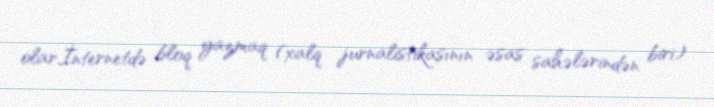
olar.İnternetdə bloq yazmaq (xalq jurnalistikasının əsas sahələrindən biri)